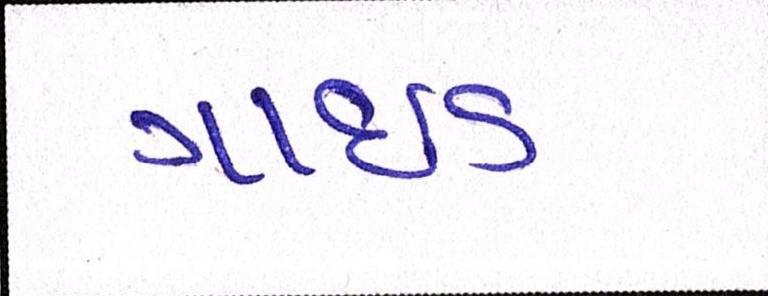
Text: ગાઇડ